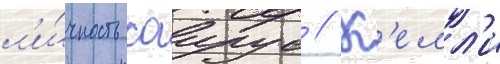
л'и́чность саирус // К'елл'и